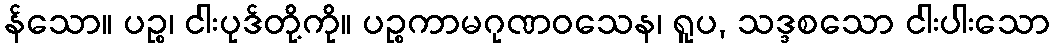
န်သော။ ပဉ္စ၊ ငါးပုဒ်တို့ကို။ ပဉ္စကာမဂုဏဝသေန၊ ရူပ, သဒ္ဒစသော ငါးပါးသော